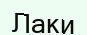
Лаки